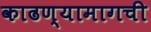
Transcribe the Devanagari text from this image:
काढण्यामागची